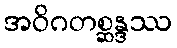
အဝိဂတစ္ဆန္ဒဿ